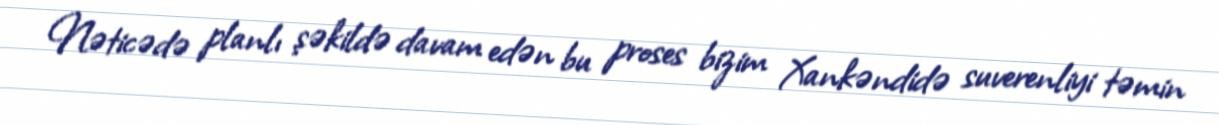
Nəticədə planlı şəkildə davam edən bu proses bizim Xankəndidə suverenliyi təmin